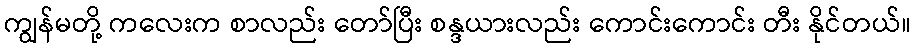
ကျွန်မတို့ ကလေးက စာလည်း တော်ပြီး စန္ဒယားလည်း ကောင်းကောင်း တီး နိုင်တယ်။